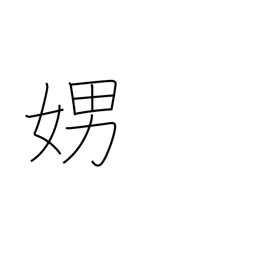
Meaning: loud talking